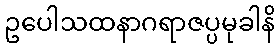
ဥပေါသထနာဂရာဇပ္ပမုခါနိ